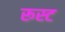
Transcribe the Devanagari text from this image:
रूस्ट